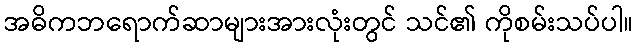
အဓိကဘရောက်ဆာများအားလုံးတွင် သင်၏ ကိုစမ်းသပ်ပါ။